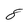
Character: 8